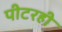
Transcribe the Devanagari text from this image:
पीटरही